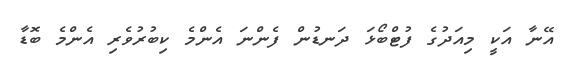
އޭނާ އަކީ މިއަދުގެ ފުޓްބޯޅަ ދަނޑުން ފެންނަ އެންމެ ކިބުރުވެރި އެންމެ ބޮޑާ